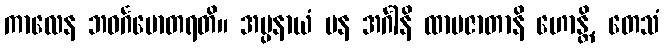
ကာလေန ဘဝင်္ဂမောတရတိ။ အပ္ပနာယံ ပန အင်္ဂါနိ ထာမဇာတာနိ ဟောန္တိ, တေသံ